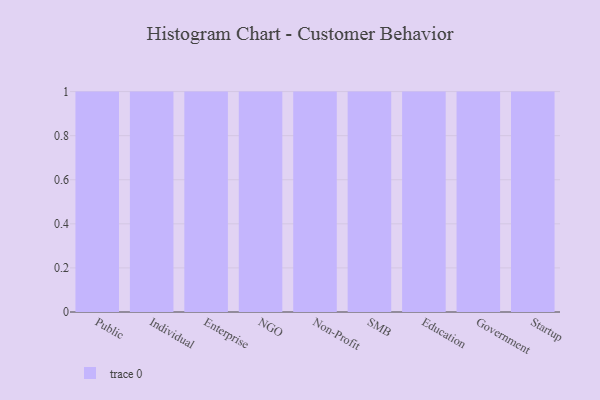
{"axis": {"x": "Segment", "y": "Page Views"}, "legend": [""], "data": [{"x": "Public", "y": 56, "type": ""}, {"x": "Individual", "y": 88, "type": ""}, {"x": "Enterprise", "y": 7, "type": ""}, {"x": "NGO", "y": 85, "type": ""}, {"x": "Non-Profit", "y": 13, "type": ""}, {"x": "SMB", "y": 23, "type": ""}, {"x": "Education", "y": 33, "type": ""}, {"x": "Government", "y": 6, "type": ""}, {"x": "Startup", "y": 83, "type": ""}]}